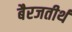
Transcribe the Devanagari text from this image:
बैरजतीर्थ